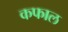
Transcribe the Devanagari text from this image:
कफाल